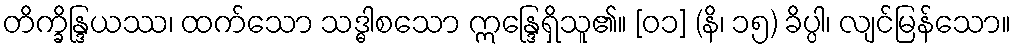
တိက္ခိန္ဒြယဿ၊ ထက်သော သဒ္ဓါစသော ဣန္ဒြေရှိသူ၏။ [၀၁] (နိ၊ ၁၅) ခိပ္ပါ၊ လျင်မြန်သော။